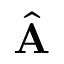
\hat { \mathbf A }